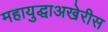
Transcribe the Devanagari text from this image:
महायुद्धाअखेरीस